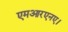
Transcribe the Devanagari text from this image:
एमआरएनए।